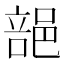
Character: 郶